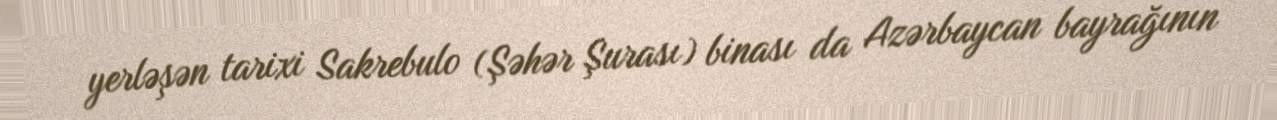
yerləşən tarixi Sakrebulo (Şəhər Şurası) binası da Azərbaycan bayrağının